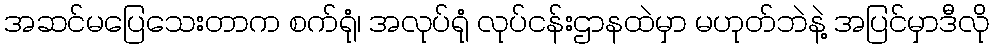
အဆင်မပြေသေးတာက စက်ရုံ၊ အလုပ်ရုံ လုပ်ငန်းဌာနထဲမှာ မဟုတ်ဘဲနဲ့ အပြင်မှာဒီလို